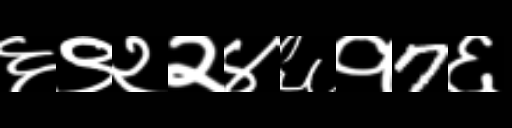
Text: ६९२२४६१7६